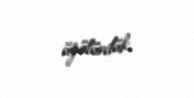
üzülürdük.